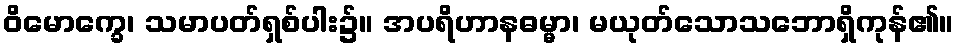
ဝိမောက္ခေ၊ သမာပတ်ရှစ်ပါး၌။ အပရိဟာနဓမ္မာ၊ မယုတ်သောသဘောရှိကုန်၏။